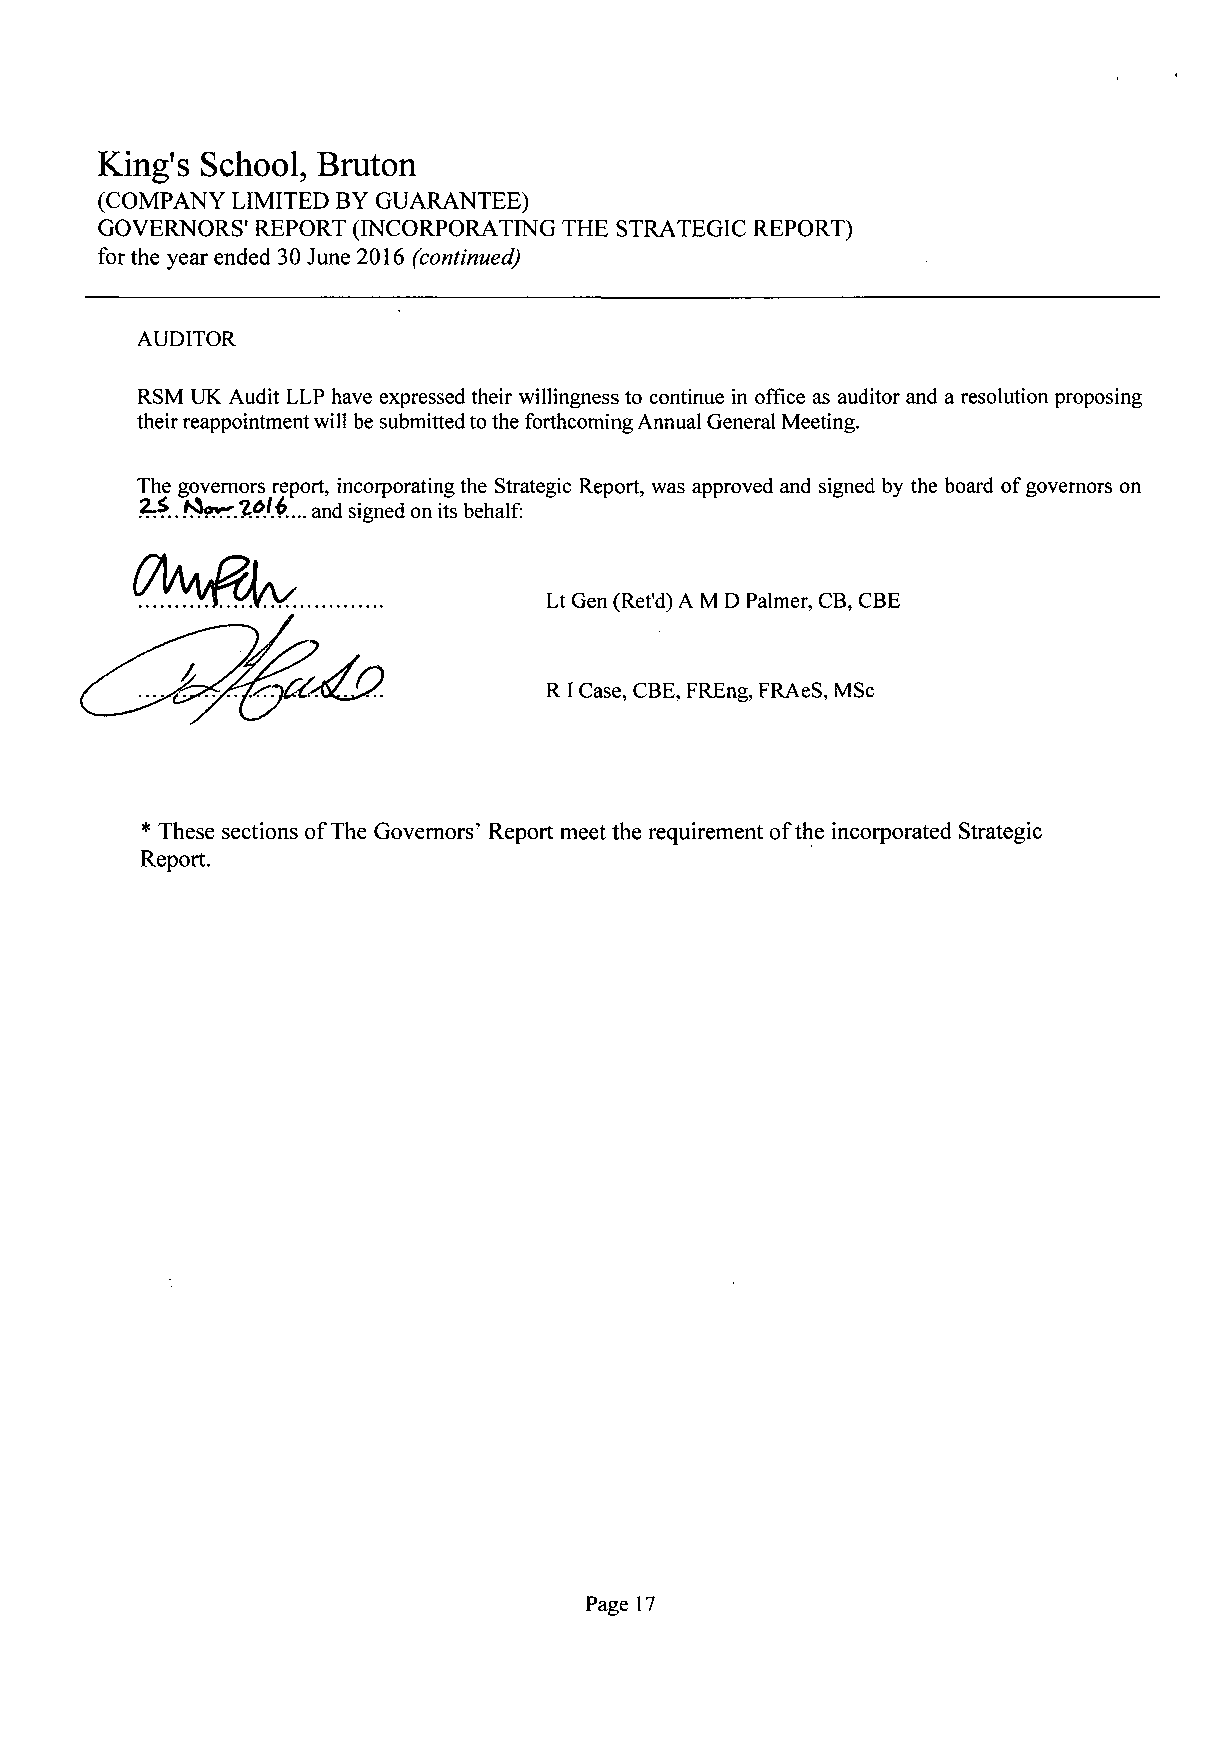
King's School,  Bruton
 (COMPANY LIMITED BY GUARANTEE)
 GOVERNORS' REPORT (INCORPORATING THE STRATEGIC REPORT)
 for the year ended 30 June 2016 (continued)
 AUDITOR
 RSM UK Audit LLP have expressed their willingness to continue in office as auditor and a resolution proposing
 their reappointment will be submitted to the forthcoming Annual General Meeting.
 The governors report, incorporating the Strategic Report, was approved and signed by the board of governors on
 . f^rr.lfi^.... and signed on its behalf:
 Lt Gen (Ret'd) AMD Palmer, CB, CBE
 R I Case, CBE, FREng, FRAeS, MSc
 * These sections of The Governors' Report meet the requirement of the incorporated Strategic
 Report.
 Page 17